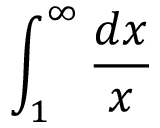
\int _ { 1 } ^ { \infty } { \frac { d x } { x } }